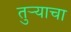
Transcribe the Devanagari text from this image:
तुऱ्याचा